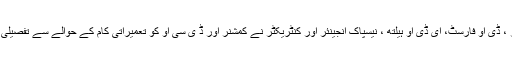
ڈی او بلڈنگز ، ڈی او فارسٹ، ای ڈی او ہیلتھ ، نیسپاک انجینئر اور کنٹریکٹر نے کمشنر اور ڈ ی سی او کو تعمیراتی کام کے حوالے سے تفصیلی بریفنگ دی۔